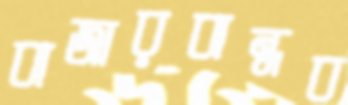
বাজারবান্ধব